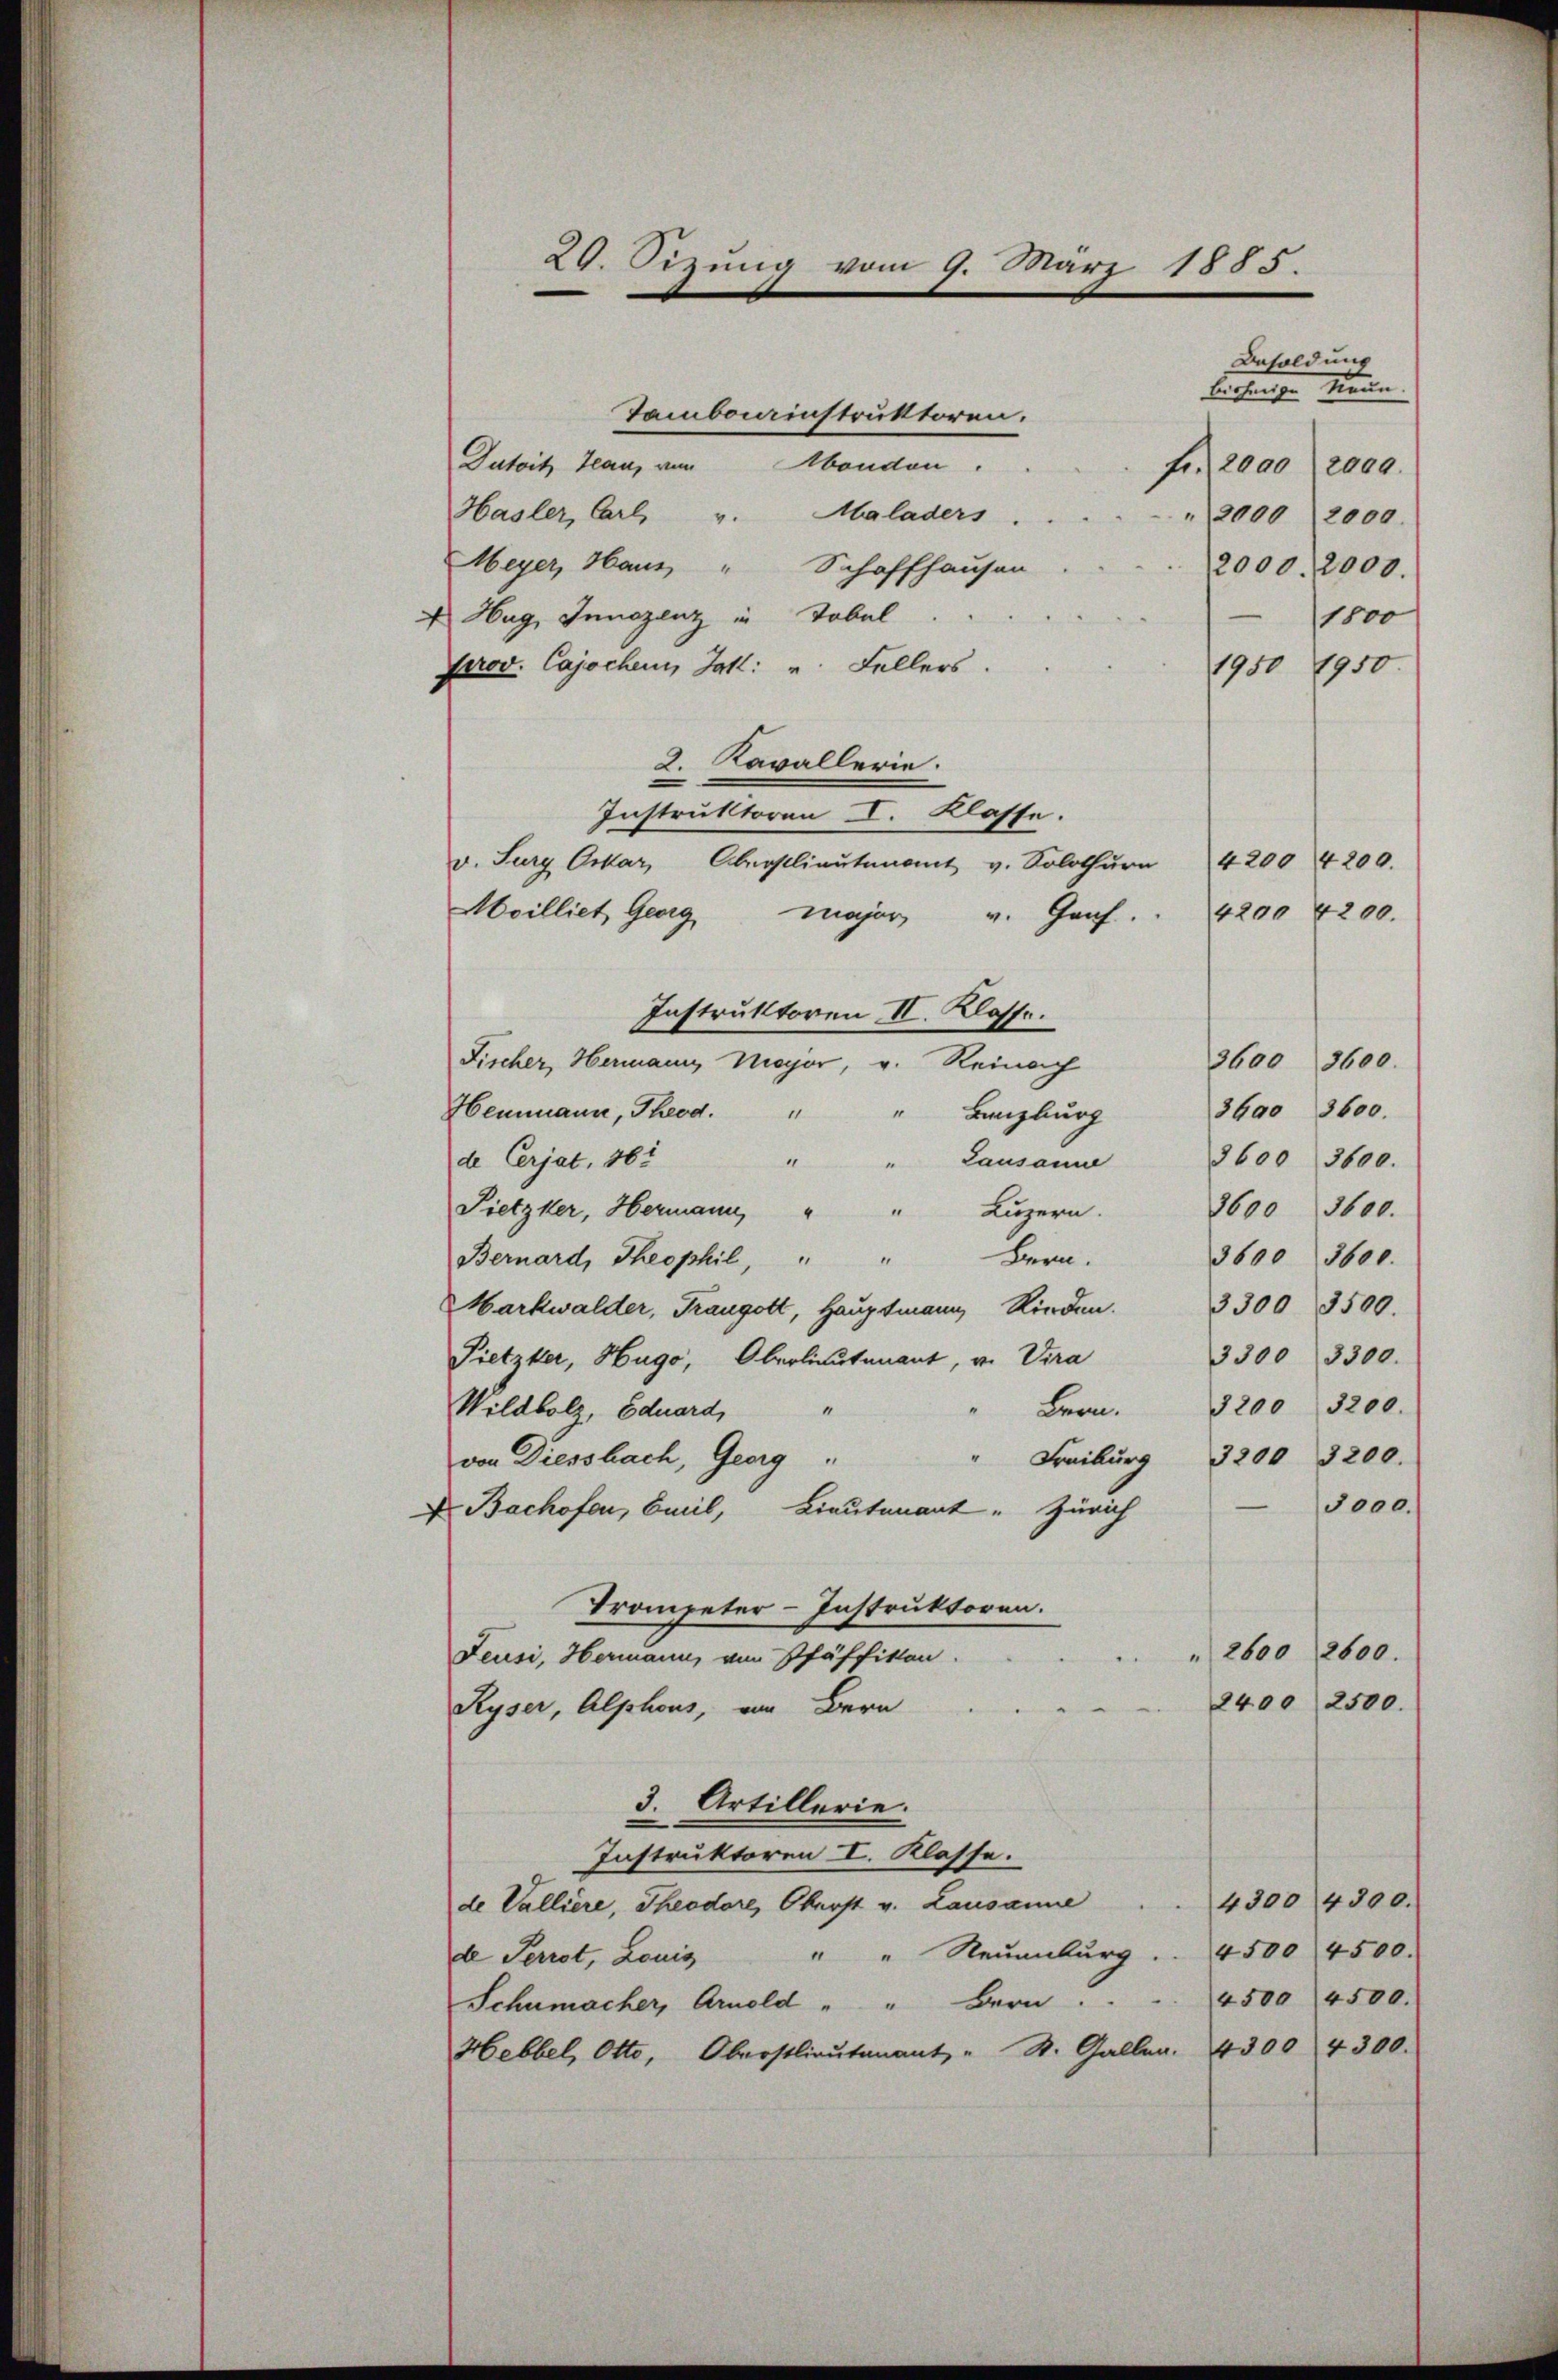
20. Sizung vom 9. März 1885.

Besoldung
bisherige Maue
Datoit Jean, von Abenden.
fr. 2000. 2000.
Hasler, Carl v. Maladers.
 2000) 2000.
Meyer, Haus " Schaffhausen
2000. 2000.
 Hug, Innszenz in Tobel
1800
Prov. Cajochen, Jak. v. Fellers.
1950 1950.
2. Kavallerie.
Instruktoren I. Klasse.
42004200.
v. Sury Orkar, Oberstlieutenant v. Solothurn
Moilliet Georg Major v. Graf . . 4200 4200.
Instruktoren II. Klasse.
3600 3600.
Fischer, Hermann, Major, v. Reinach
3Gao 3600.
Hemmann, Theod. " " Banzburg
de Cerjat, 16t
Lausanne 2600 3600.
.
2600 3600.
Pietzker, Hermann, " " Luzern.
Bern.
3600 3600.
Bernard, Theophil, " "
Markwalder, Trangott, Haŭptmann Ried. 3300 3500.
3300 3300.
Pietzker, Hugo, Oberlieutenant, v. Vira
3200 3200.
Wildbolz, Eduard,
Bern.
3200. 3200.
Freiburg
von Diessbach, Georg
3000.
D Bachofen, Gail, Lieutenant. Zürich
Trompeter-Instruktoren.
2600 2600.
Feusi, Hermann, von Pfäffikon.
2400 2500.
Ryser, Alphons, von Bern
3. Artillerie.
Instruktoren I. Klasse.
de Valliere, Theodore, Oberst v. Lausanne . . 4300 4300.
4500 4500.
"" Neuenburg.
de Perrot, Louis
4500 4500.
Schumacher, Arnold " " Bern.
Hebbel, Otto, Oberstlieutenant, " St. Gallen. 4300 4300.

Tamborinstruktoren.